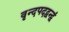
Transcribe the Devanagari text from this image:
वृन्दपदद्वन्द्वं